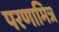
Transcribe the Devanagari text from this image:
परणामित्र